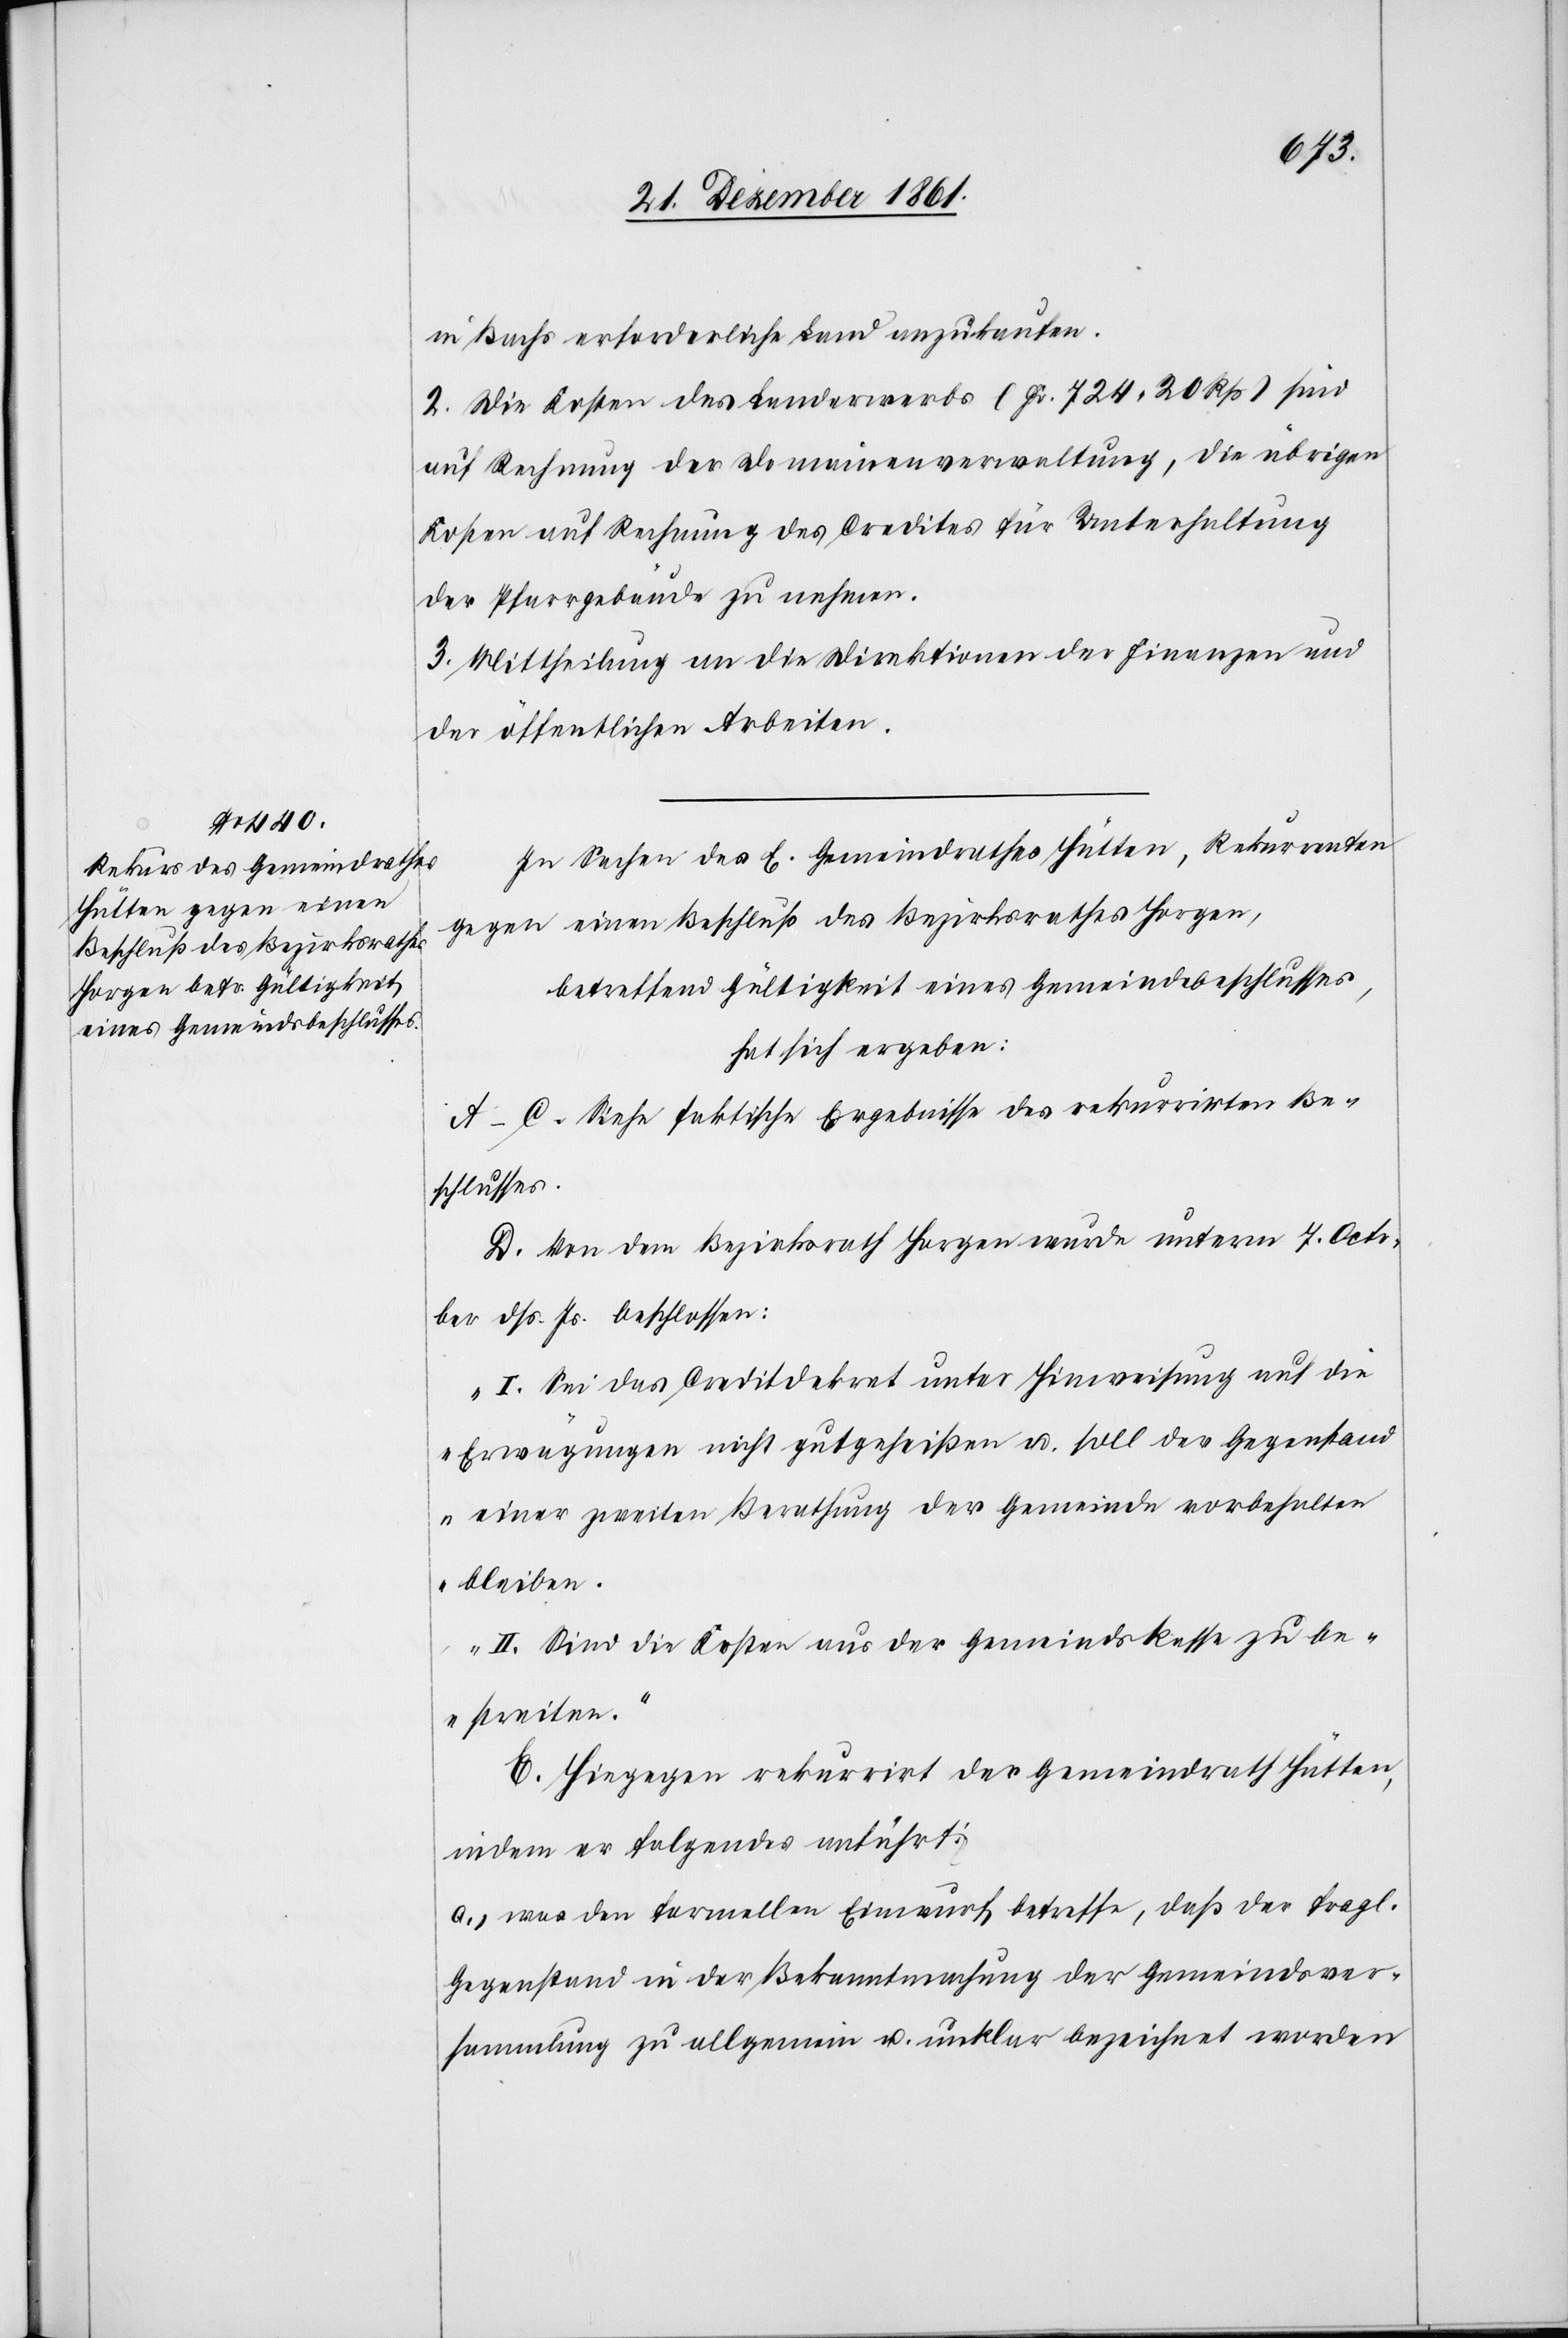
in Bachs erforderliche Land anzukaufen.
2. Die Kosten des Landerwerbs (Fr. 724. 20 Rp.) sind
auf Rechnung der Domainenverwaltung, die übrigen
Kosten auf Rechnung des Credites für Unterhaltung
der Pfarrgebäude zu nehmen.
3. Mittheilung an die Direktion der Finanzen und
der öffentlichen Arbeiten.
In Sachen des E. Gemeindrathes Hütten, Rekurrenten
gegen einen Beschluß des Bezirksrathes Horgen,
betreffend Gültigkeit eines Gemeindsbeschlusses,
hat sich ergeben:
A–C. Siehe faktische Ergebnisse des rekurrirten Be¬
schlusses.
D. Von dem Bezirksrath Horgen wurde unterm 7 Octo¬
ber dss. Js. beschlossen:
„I. Sei das Creditdekret unter Hinweisung auf die
Erwägungen nicht gutgeheißen u. soll der Gegenstand
einer zweiten Berathung der Gemeinde vorbehalten
bleiben.
II. Sind die Kosten aus der Gemeindskasse zu be¬
streiten.“
E. Hiegegen rekurrirt der Gemeindrath Hütten,
indem er folgendes aufführt:
a.) was den formellen Einwurf betreffe, daß der fragl.
Gegenstand in der Bekanntmachung der Gemeindsver¬
sammlung zu allgemein u. unklar bezeichnet worden